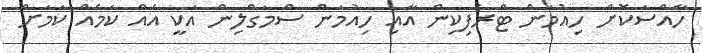
ހާއްސަކޮށް ހިއުމަން ޓްރެފިކިން އާއި ހިއުމަން ސްމަގްލިން އަކީ އެއް ކަމެއް ކަމަށް